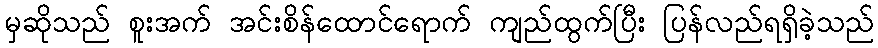
မှဆိုသည် စူးအက် အင်းစိန်ထောင်ရောက် ကျည်ထွက်ပြီး ပြန်လည်ရရှိခဲ့သည်